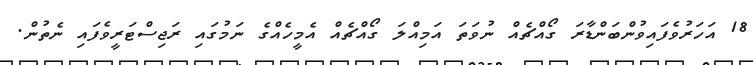
18 އަހަރުވެފައިވުންބަންޑާރަ ގޯއްޗެއް ނުވަތަ އަމިއްލަ ގޯއްޗެއް އެމީހެއްގެ ނަމުގައި ރަޖިސްޓަރީވެފައި ނެތުން.